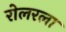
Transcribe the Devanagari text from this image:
रोलरला